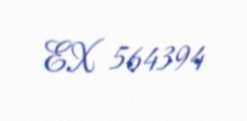
EX 564394